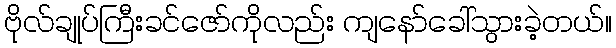
ဗိုလ်ချုပ်ကြီးခင်ဇော်ကိုလည်း ကျနော်ခေါ်သွားခဲ့တယ်။